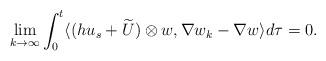
LaTeX: \begin{align*}\lim_{k\to \infty}\int_0^t\langle (hu_s+\widetilde U)\otimes w, \nabla w_k-\nabla w\rangle d\tau =0.\end{align*}